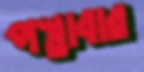
পস্তাবার